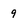
Character: 9